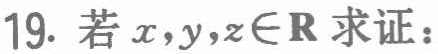
19. 若 \(x,y,z\in\mathbf{R}\) 求证：